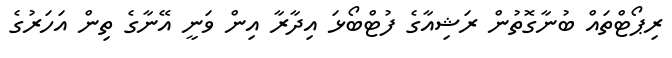
ރިޕޯޓްތައް ބުނާގޮތުން ރަޝިއާގެ ފުޓްބޯޅަ އިދާރާ އިން ވަނީ އޭނާގެ ތިން އަހަރުގެ